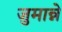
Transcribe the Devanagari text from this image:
जुमान्ने